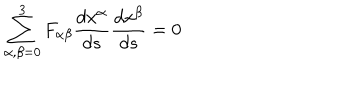
LaTeX: \sum _ { \alpha , \beta = 0 } ^ { 3 } F _ { \alpha \beta } \frac { d x ^ { \alpha } } { d s } \frac { d x ^ { \beta } } { d s } = 0